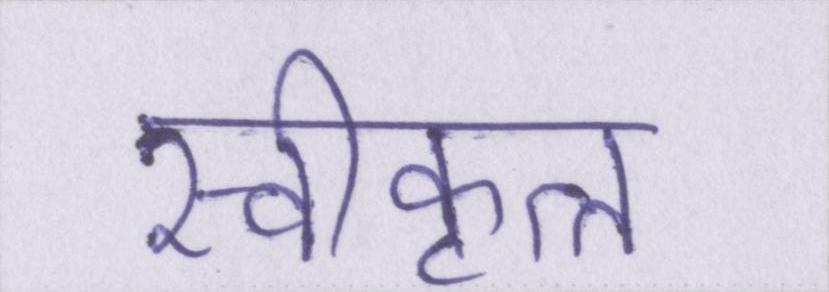
स्वीकृत्त